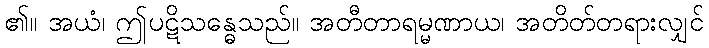
၏။ အယံ၊ ဤပဋိသန္ဓေသည်။ အတီတာရမ္မဏာယ၊ အတိတ်တရားလျှင်